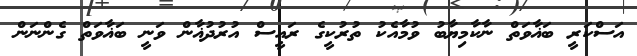
އަސްކަރީ ބަޣާވަތް ނާކާމިޔާބު ވުމާއެކު ތުރުކީގެ ރައީސް އުރުދުޣާން ވަނީ ބަޣާވަތް ގެންނަން